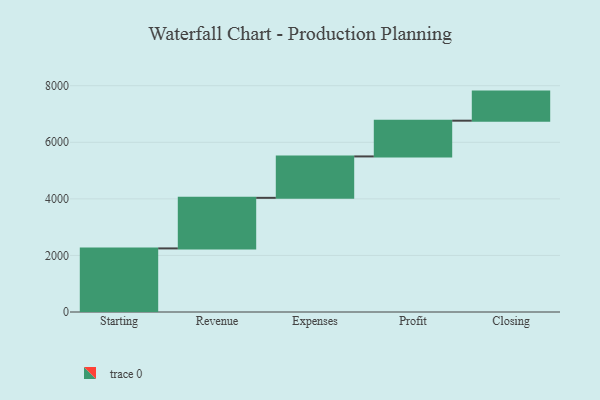
{"axis": {"x": "Step", "y": "Value"}, "legend": [""], "data": [{"x": "Starting", "y": 2248.0, "type": ""}, {"x": "Revenue", "y": 1788.0, "type": ""}, {"x": "Expenses", "y": 1464.0, "type": ""}, {"x": "Profit", "y": 1264.0, "type": ""}, {"x": "Closing", "y": 1028.0, "type": ""}]}